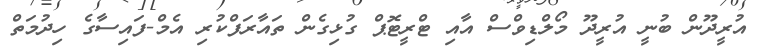
އުރީދޫން ބުނީ އުރީދޫ މޯލްޑިވްސް އާއި ޓްރީޓޮޕް ގުޅިގެން ތައާރަފްކުރި އެމް-ފައިސާގެ ހިދުމަތް